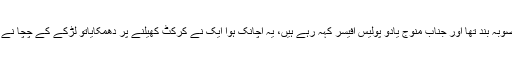
ایک بات اور گھر والے کہہ رہے ہیں یہ منصوبہ بند تھا اور جناب منوج یادو پولیس آفیسر کہہ رہے ہیں، یہ اچانک ہوا ایک نے کرکٹ کھیلنے پر دھمکایاتو لڑکے کے چچا نے ان کو تھپڑ مار دیا اس وجہ سے بات بڑھی۔